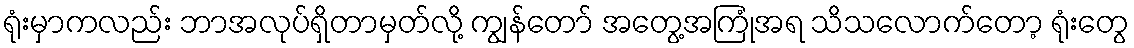
ရုံးမှာကလည်း ဘာအလုပ်ရှိတာမှတ်လို့ ကျွန်တော် အတွေ့အကြုံအရ သိသလောက်တော့ ရုံးတွေ